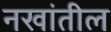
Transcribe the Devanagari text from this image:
नखांतील